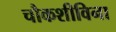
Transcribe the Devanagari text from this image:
चौकशीविना